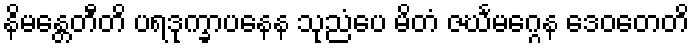
နိမန္တေတီတိ ပရဒုက္ခာပနေန သုညံပေ မိတံ ဇင်္ဃမဂ္ဂေန ဒေဝတေတိ